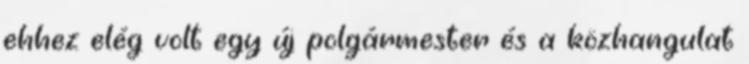
ehhez elég volt egy új polgármester és a közhangulat